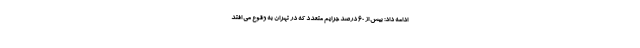
ادامه داد: بیش از ۶۰ درصد جرایم متعدد که در تهران به وقوع می افتد